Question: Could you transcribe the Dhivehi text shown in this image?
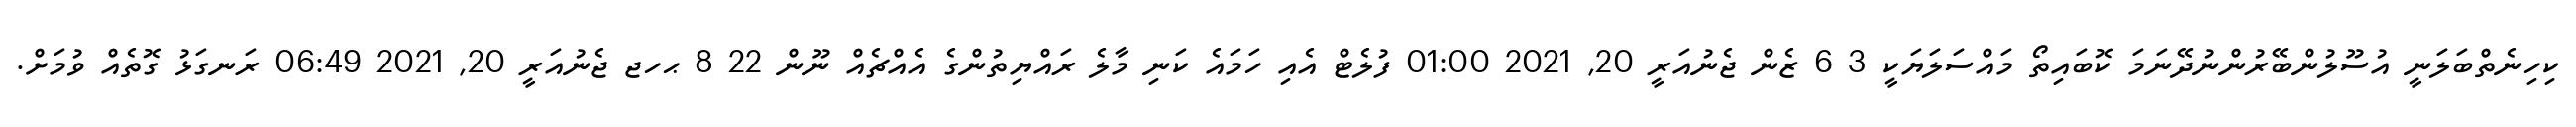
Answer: ކިހިނެތްބަލަނީ އުސޫލުންބޭރުންނުދޭނަމަ ކޮބައިތޯ މައްސަލަޔަކީ 3 6 ޒެން ޖެނުއަރީ 20, 2021 01:00 ފުލެޓް އެއި ހަމައެ ކަނި މާލެ ރައްޔިތުންގެ އެއްޗެއް ނޫން 22 8 ޙހޖ ޖެނުއަރީ 20, 2021 06:49 ރަނގަޅު ގޮތެއް ވުމަށް.